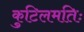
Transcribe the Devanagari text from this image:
कुटिलमतिः